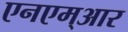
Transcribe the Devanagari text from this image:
एनएम्आर